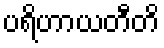
ပရိဟာယတီတိ